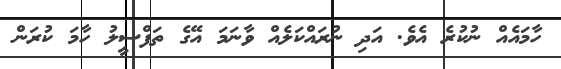
ހާމައެއް ނުކުރެ އެވެ. އަދި ނުރައްކަލެއް ވާނަމަ އޭގެ ތަފްސީލު ހާމަ ކުރަން